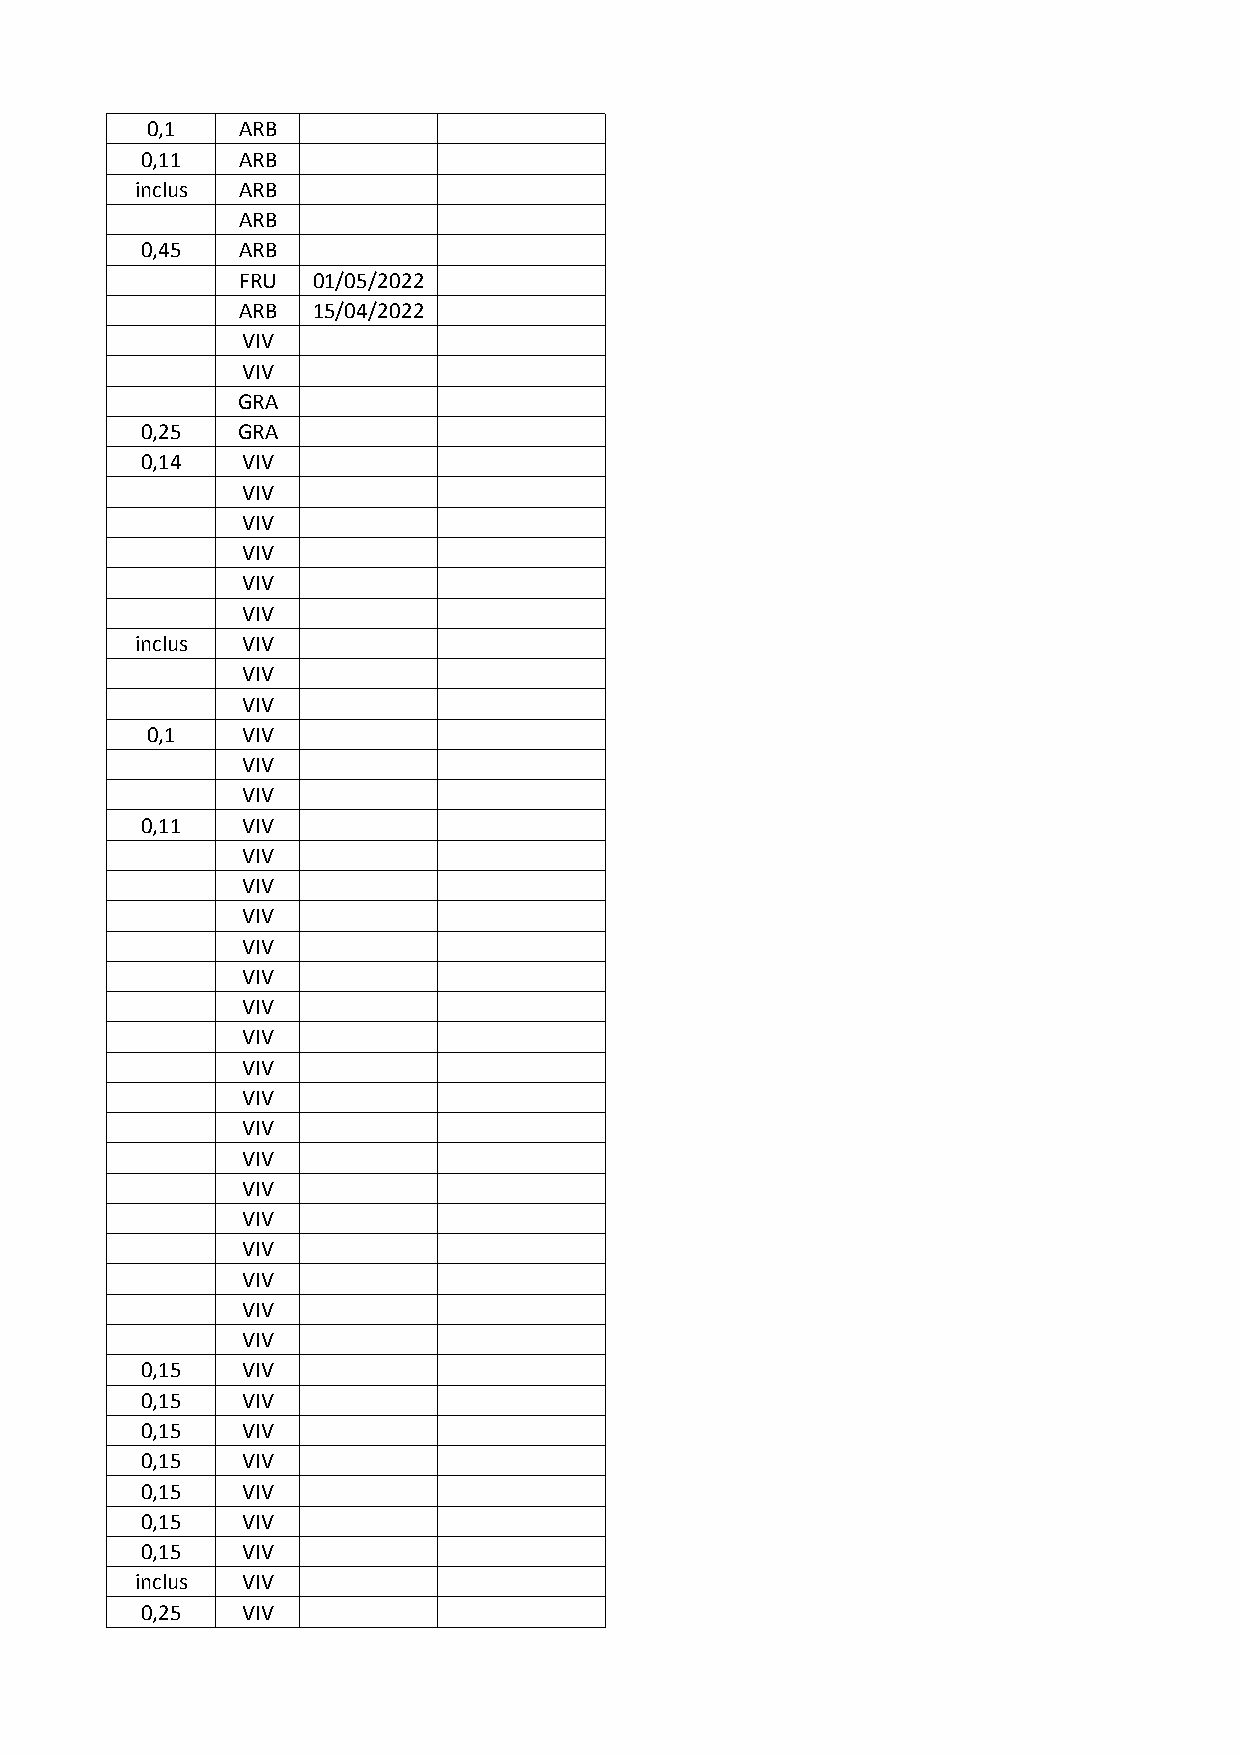
0,1   ARB
 0,11   ARB
 inclus ARB
 ARB
 0,45   ARB
 FRU  01/05/2022
 ARB  15/04/2022
 VIV
 VIV
 GRA
 0,25   GRA
 0,14   VIV
 VIV
 VIV
 VIV
 VIV
 VIV
 inclus VIV
 VIV
 VIV
 0,1   VIV
 VIV
 VIV
 0,11   VIV
 VIV
 VIV
 VIV
 VIV
 VIV
 VIV
 VIV
 VIV
 VIV
 VIV
 VIV
 VIV
 VIV
 VIV
 VIV
 VIV
 VIV
 0,15   VIV
 0,15   VIV
 0,15   VIV
 0,15   VIV
 0,15   VIV
 0,15   VIV
 0,15   VIV
 inclus VIV
 0,25   VIV